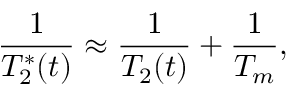
\centering \frac { 1 } { T _ { 2 } ^ { * } ( t ) } \approx \frac { 1 } { T _ { 2 } ( t ) } + \frac { 1 } { T _ { m } } ,